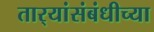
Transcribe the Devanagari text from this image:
तार्‍यांसंबंधीच्या